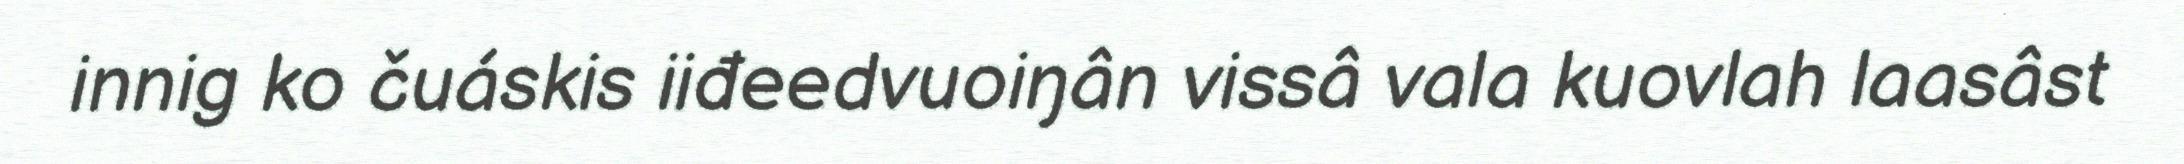
innig ko čuáskis iiđeedvuoiŋân vissâ vala kuovlah laasâst